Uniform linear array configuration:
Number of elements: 16
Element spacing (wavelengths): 1
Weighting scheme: hamming
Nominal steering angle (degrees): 0
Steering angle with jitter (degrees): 0.2201
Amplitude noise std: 0.05
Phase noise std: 0.05

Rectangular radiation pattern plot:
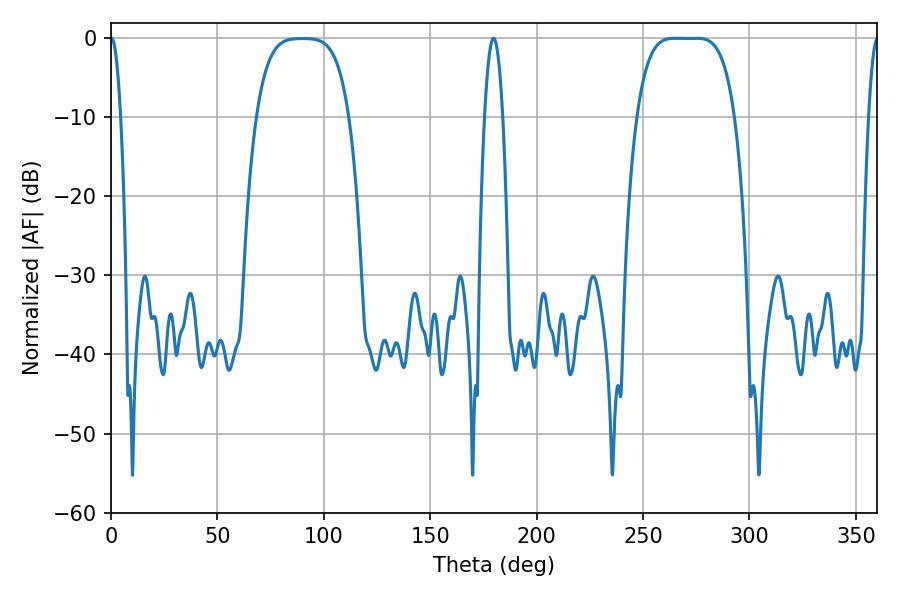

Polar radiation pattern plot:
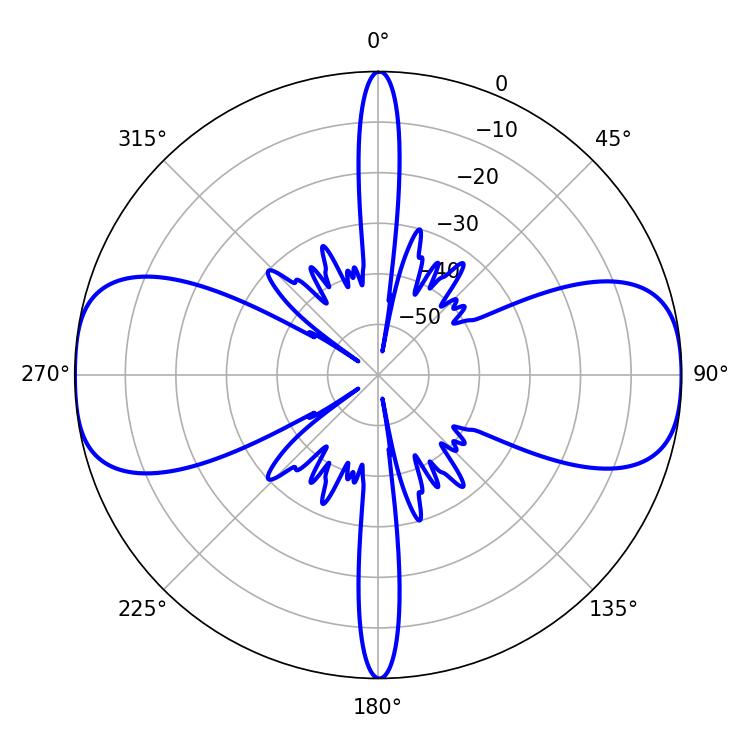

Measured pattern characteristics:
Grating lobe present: TRUE
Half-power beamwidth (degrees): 34.92
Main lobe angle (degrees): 264.78